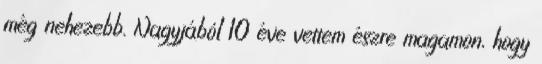
még nehezebb. Nagyjából 10 éve vettem észre magamon, hogy